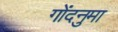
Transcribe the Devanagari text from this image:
गोंदनुमा